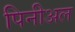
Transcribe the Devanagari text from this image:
पिनीअल